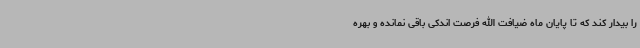
را بیدار کند که تا پایان ماه ضیافت الله فرصت اندکی باقی نمانده و بهره